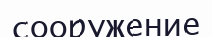
сооружение